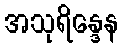
အသုရိန္ဒေန